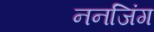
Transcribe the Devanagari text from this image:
ननजिंग